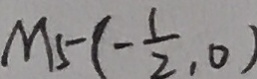
M _ { 5 } ( - \frac { 1 } { 2 } , 0 )